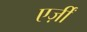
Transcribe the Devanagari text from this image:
एर्ज़ीं